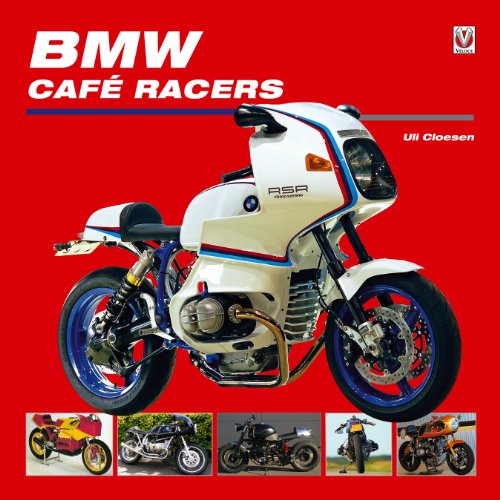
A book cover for BMW Cafe Racers; Uli Cloesen; Sports & Outdoors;